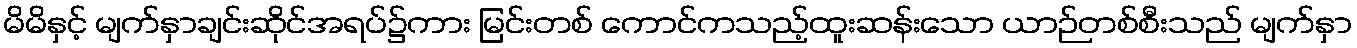
မိမိနှင့် မျက်နှာချင်းဆိုင်အရပ်၌ကား မြင်းတစ် ကောင်ကသည့်ထူးဆန်းသော ယာဉ်တစ်စီးသည် မျက်နှာ